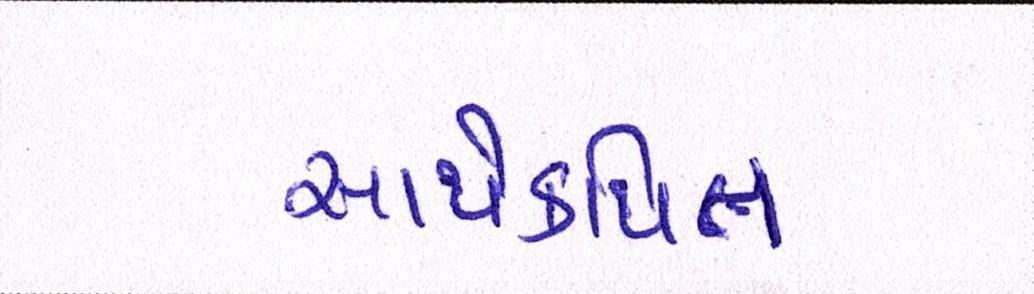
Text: સાથેકથિત